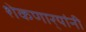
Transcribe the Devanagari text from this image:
शेकणार्‍यांनी